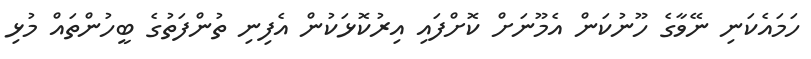
ހަމައެކަނި ނޭވާގެ ހޫނުކަން އެމޫނަށް ކޮށްފައި އިރުކޮޅަކުން އެފިނި ތުންފަތުގެ ބީހުންތައް މުޅި